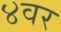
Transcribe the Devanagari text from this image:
४वर